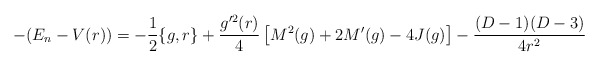
\begin{align*}-(E_n-V(r))=-\frac{1}{2}\{g,r\}+\frac{g^{\prime2}(r)}{4}\left[M^{2}(g)+2M^{\prime}(g)-4J(g)\right]-\frac{(D-1)(D-3)}{4r^2}\end{align*}